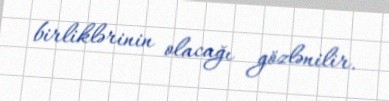
birliklərinin olacağı gözlənilir.